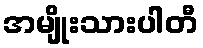
အမျိုးသားပါတီ